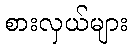
စားလှယ်များ